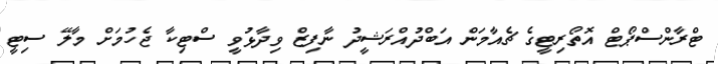
ޓްރާންސްޕޯޓް އޮތޯރިޓީގެ ޗެއާމަން އަބްދުއްރަޝީދު ނާފިޒް ވިދާޅުވީ ސްޓިކާ ޖެހުމަށް މާލޭ ސިޓީ